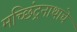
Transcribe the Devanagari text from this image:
मच्छिंद्रनाथाचे